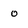
Character: o